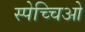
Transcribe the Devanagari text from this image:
स्पेच्चिओ